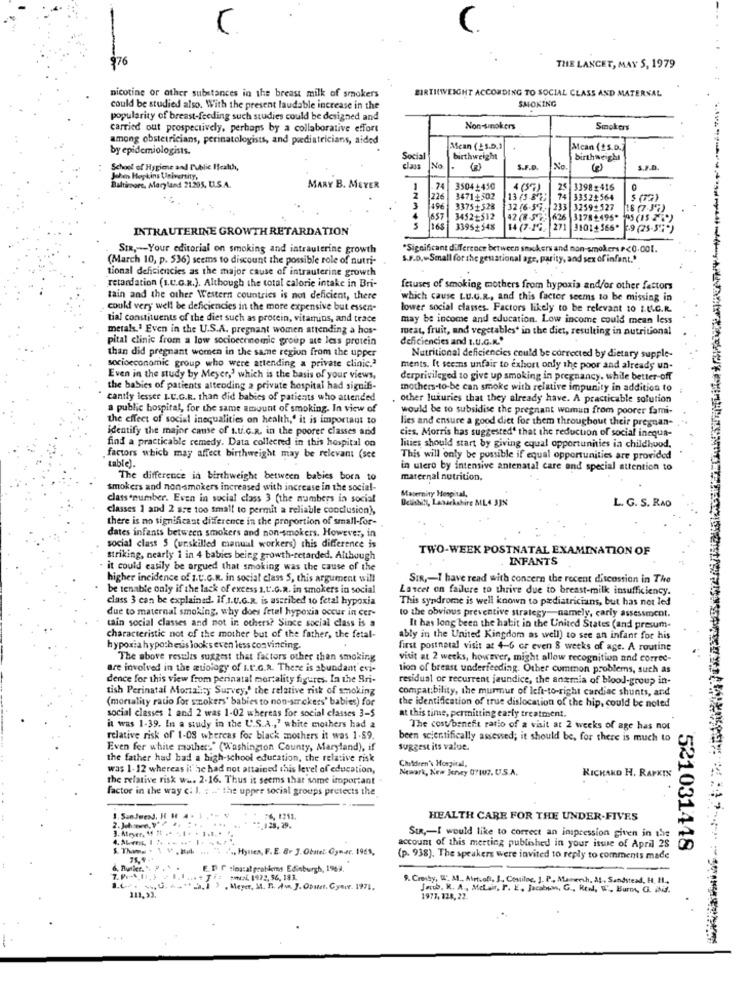
976
THE LANCET, MAY 5, 1979
BIRTHWEIGHT ACCORDING TO SOCIAL CLASS AND MATERNAL
nicotine or other substances in the breast milk of smokers
SMOKING
could be studied also. With the present laudable increase in the
popularity of breast-feeding such studies could be designed and
carried out prospectively, perhaps by a collaborative effort
Non-smokers
Smokers
among obstetricians, perinatologists, and pediatricians, aided
by epidemiologists.
Mean (15.D.
Mean (+s.o.)
Social
birthweight
birthweight
School of Hygiene and Public Health,
class
No
S.F.D.
No.
5.7.0.
Hopkins University.
Baltimore, Maryland 21.205. U.S.A.
MARY B. MEYER
74
3504+450
4 (5%)
2€
3398:416
226
3471+502
13 (5 8;
33521564
$ (72)
3375+528
32 16-5'%.
23
3259+523
657
3452+512
3178+495* 195(152
INTRAUTERINE GROWTH RETARDATION
165
3395+548
14 (7-16.
271 3101+366*
9 (25-5%*)
SIR ,--- Your editorial on smoking and intrauterine growth
*Significant difference between stickers and non-smokers P<0.001.
(March 10, p. 536) seems to discount the possible role of nutri-
s.P.D .- Small for the gestational age, parity, and sex of infant."
tional deficiencies as the major cause of intrauterine growth
retardation (s.C.G.R.). Although the total calorie intake in Bri-
fetuses of smoking mothers from hypoxia and/or other factors
tain and the other Western countries is not deficient, there
which cause LU.G.R ., and this factor seems to be missing in
could very well be deficiencies in the more expensive but essen-
lower social classes. Factors likely to be relevant 10 2.4.C.R.
tial constituents of the diet such as protein, vitamins, and trace
may be income and education. Low income could mean less
metals." Even in the U.S.A. pregnant women attending a hos-
meat, fruit, and vegetables' in the diet, resulting in nutritional
pital clinic from a low socioceninomic group ate less protein
deficiencies and t.U.G.M.'
than did pregnant women in the same region from the upper
socioeconomic group who were attending a private clinic.ª
Nutritional deficiencies could be corrected by dietary supple-
ments. It seems unfair to exhort only the poor and already un-
Even in the study by Meyer,' which is the basis of your views,
derprivileged to give up smoking in pregnancy. while better off
the babies of patients attending a private hospital had signifi-
mothers-to-be can smoke with relative impunity in addition to
cantly lesser I.U.G.R. than did babies of patients who attended
other luxuries that they already have. A practicable solution
a public hospital, for the same amount of smoking. In view of
would be to subsidise the pregnant woman from poorer fami-
the effect of social inequalities on health,' it is important to
lies and ensure a good diet for them throughout their pregnan- .
identify the major cause of s.ti.c.R. in the poorer classes and
cies. Morris has suggested' that the reduction of social inequa-
find a practicable remedy. Data collected in this hospital on
lities should start by giving equal opportunities in childhood.
table).
factors which may affect birthweight may be relevant (see
This will only be possible if equal opportunities are provided
in utero by intensive antenatal care and special attention to
The difference in birthweight between babies born to
maternal nutrition.
smokers and non-smokers increased with increase in the social-
class number. Even in social class 3 (the numbers in social
Bellbs!l, Lasarkshire ML4 JJN
Mapernity Hospital,
L. G. S. RAO
classes 1 and 2 are too small to permit a reliable conclusion),
there is no significant difference in the proportion of small-for-
dates infants between smokers and non-smokers. However, in
social class 5 (ur.skilled manual workers) this difference is
TWO-WEEK POSTNATAL EXAMINATION OF
striking, nearly 1 in 4 babies being growth-retarded. Although
INFANTS
. it could easily be argued that smoking was the cause of the
higher incidence of I.U.G.R. in social class 5, this argument will
SIR ,- I have read with concern the recent discostion in The
. be tenable only if the lack of excess i.t.G.R. in smokers in social
Lancet on failure to thrive due to breast-milk insufficiency.
class 3 can be explained. If.t.U.G.R. is ascribed to fetal hypoxia
This syndrome is well known to pediatricians, but has not led
due to maternal smoking, why does fetel hypoxia occur in cer-
cain social classes and not in others? Since social class is a
to the obvious preventive strategy namely, carly assessment.
It has long been the habit in the United States (and presum-
characteristic not of the mother but of the father, the fetal-
ably in the United Kingdom as well) to see an infant for his
hypoxia hypothesis looks even less convincing.
first postnatal visit at 4-6 or even 8 weeks of age. A routine
The above results suggest that factors other than smoking
visit at 2 weeks, however, might allow recognition and correc-
are involved in the wuology of I.t.G.A. There is abundant evi-
tion of breast underfeeding. Other common problems, such as
dence for this view from perinatal mortality figures. In the Bri-
residual or recurrent jaundice, the anzmia of blood-group in-
tish Perinatal Mortality Survey,' the relative risk of smoking
compatibility, the murmur of left-to-right cardiac shunts, and
(mortality ratio for smokers' babies to non-smokers' babies) for
social classes 1 and 2 was 1-02 whereas for social classes 3-5
the identification of true dislocation of the hip, could be noted
at this time, permitting early treatment.
it was 1-39. In a study in the U.S.A ., " white mothers had a
The costbenefit ratio of a visit at 2 weeks of age has not
relative risk of 1-08 whereas for black mothers it was 1.89.
been scientifically assessed; it should be, for there is much to
Even fer white maothers" (Washington County, Maryland), if
suggest its value.
the father had had a high-school education, the relative risk
Children's Hospital,
was 1-12 whereas it he had not attained this level of education,
Newark, New Jersey 07107, US.A.
the relative risk was 2-16. Thus it seems that some important
RICHARD H. RAPKIN
factor in the way c. l. . .. the upper social groups pretocts the
54,1211
HEALTH CARE FOR THE UNDER-FIVES
.128, 29.
StR ,- I would like to correct an inspression given in ihre
5. Thomas + \
" ..., Hynien, F. E. Br J. Obstet Gynec. 19ES,
account of this meeting published in your iswe of April 28
521031448
(p. 938). The speakers were invited to reply to comments made
E.P. F :ioatal problems Edinburgh, 1969.
ANZL. 1972, 56, 183.
9. Crosby, I: M_ Airtuof, J. Chloe, J. P. Mamonth, MI. Sandsiead. H. H.
› Meyer, M. D. A.m. J. Obstet, Gyser. 1971.
Jaco. K. A, Mclair, P. E. Jacobum, G ., Red, V, Burn, G. ihit.
111,93.
1977, 128, 22.